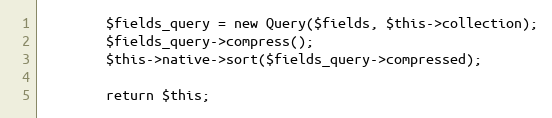
Language: PHP
        $fields_query = new Query($fields, $this->collection);
        $fields_query->compress();
        $this->native->sort($fields_query->compressed);

        return $this;